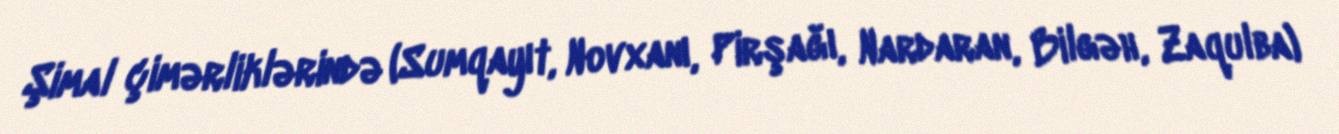
Şimal çimərliklərində (Sumqayıt, Novxanı, Pirşağı, Nardaran, Bilgəh, Zaqulba)